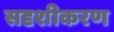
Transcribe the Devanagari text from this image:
सदृशीकरण